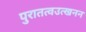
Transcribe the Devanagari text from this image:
पुरातत्वउत्खनन